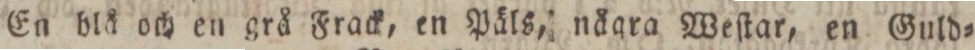
En blå och en grå Frack, en Päls, några Weſtar, en Guld=